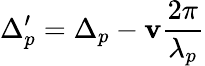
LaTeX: \Delta_{p}^{\prime}=\Delta_{p}-\mathbf{v}\frac{{2\pi}}{{\lambda_{p}}}